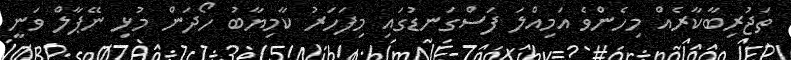
ތަޖުރިބާކާރެއް މިހެންވެ އަމިއްލަ ފަސްގަނޑުގައި މިފަހަރު ކާމިޔާބު ހޯދަން މުޅި ނޭޕާލް ވަނީ